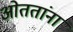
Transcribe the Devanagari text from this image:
ओततांना